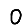
Digit: 0